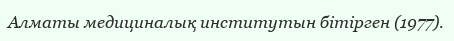
Алматы медициналық институтын бітірген (1977).